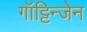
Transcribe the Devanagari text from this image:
गॉट्टिन्जेन